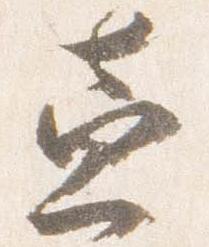
兼